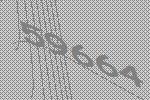
59664